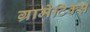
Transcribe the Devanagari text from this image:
ग्रामेटिक्स